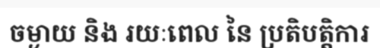
ចម្ងាយ និង រយៈពេល នៃ ប្រតិបត្តិការ